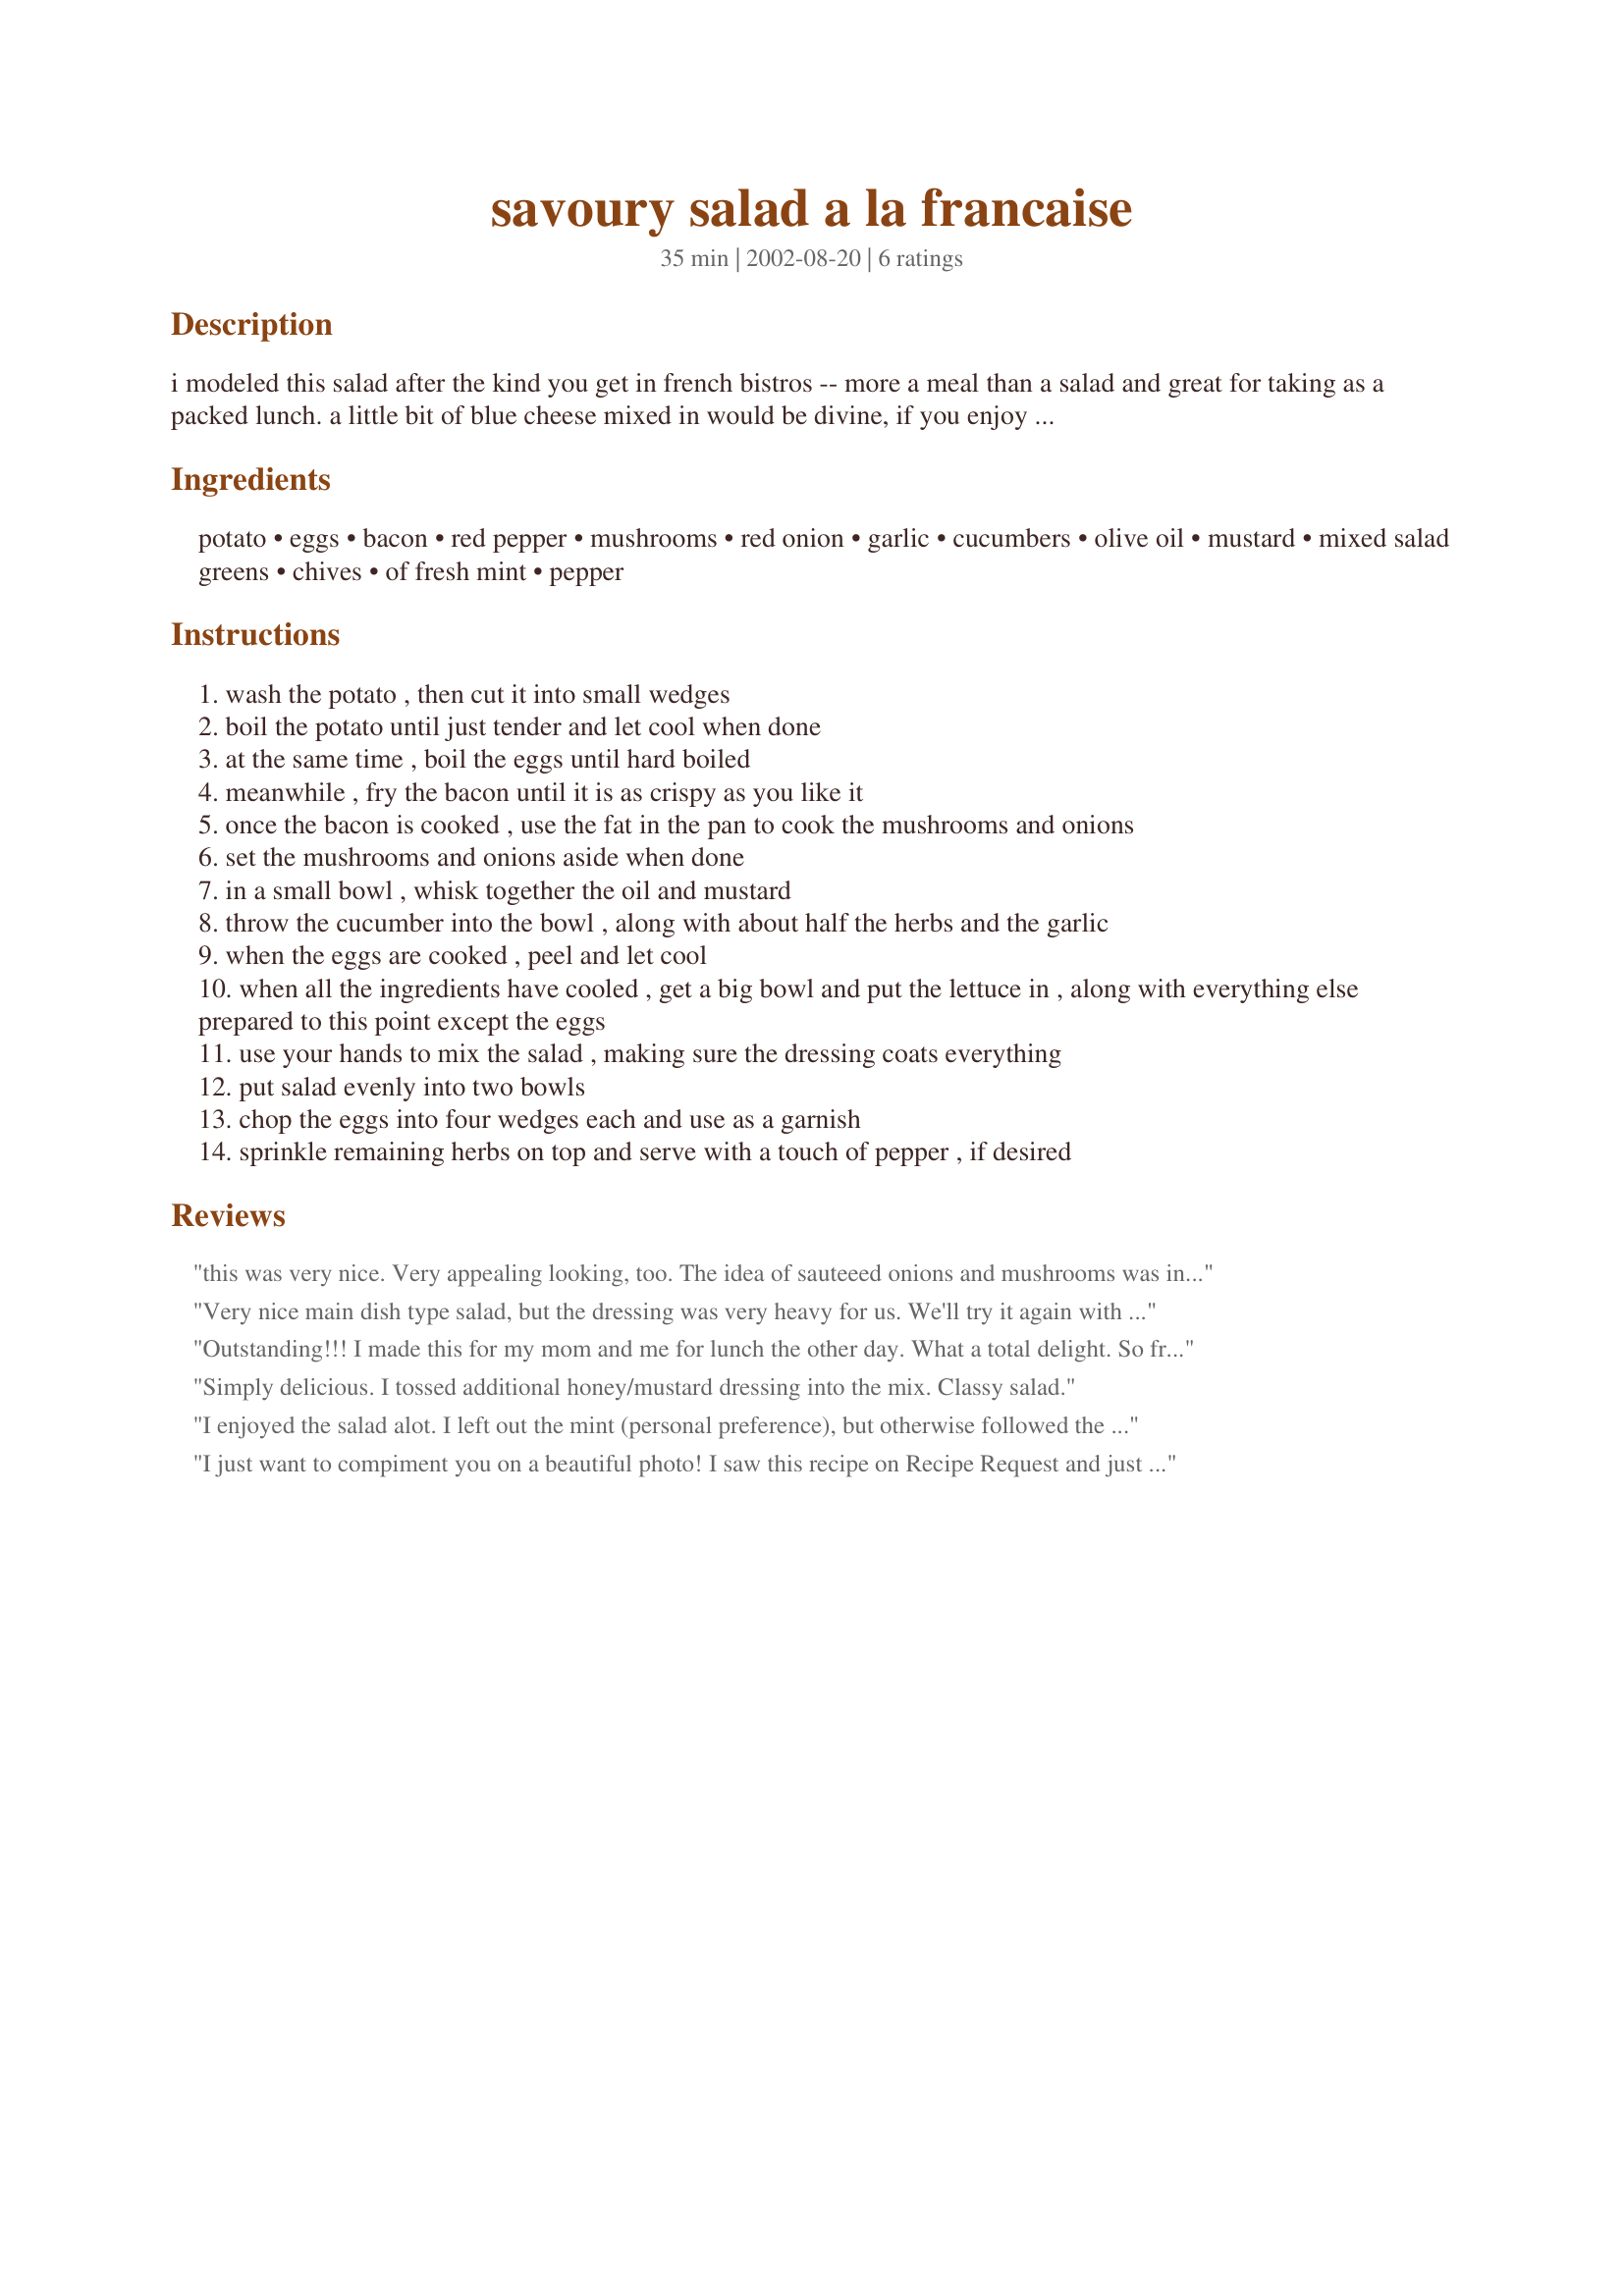
savoury salad a la francaise
Preparation time: 35 minutes

i modeled this salad after the kind you get in french bistros -- more a meal than a salad and great for taking as a packed lunch. a little bit of blue cheese mixed in would be divine, if you enjoy that kind of thing.

Ingredients:
potato, eggs, bacon, red pepper, mushrooms, red onion, garlic, cucumbers, olive oil, mustard, mixed salad greens, chives, of fresh mint, pepper

Steps:
wash the potato , then cut it into small wedges
boil the potato until just tender and let cool when done
at the same time , boil the eggs until hard boiled
meanwhile , fry the bacon until it is as crispy as you like it
once the bacon is cooked , use the fat in the pan to cook the mushrooms and onions
set the mushrooms and onions aside when done
in a small bowl , whisk together the oil and mustard
throw the cucumber into the bowl , along with about half the herbs and the garlic
when the eggs are cooked , peel and let cool
when all the ingredients have cooled , get a big bowl and put the lettuce in , along with everything else prepared to this point except the eggs
use your hands to mix the salad , making sure the dressing coats everything
put salad evenly into two bowls
chop the eggs into four wedges each and use as a garnish
sprinkle remaining herbs on top and serve with a touch of pepper , if desired

Reviews:
this was very nice. Very appealing looking, too. The idea of sauteeed
onions and mushrooms was intriguing to me and was really very good. And potatoes! Never thought of those, either. Very nice. The salad dressing, though (as mentioned) didn't seem to do it justice, so I used Dancer's #69312 and turned it into a vinaigrette
Very nice main dish type salad, but the dressing was very heavy for us. We'll try it again with a different dressing. Also, we'll be using canned or steamed mushrooms in the future.
Outstanding!!! I made this for my mom and me for lunch the other day. What a total delight. So fresh and full of good things. I really liked the sprinkling of fresh chives and mint on top. The bacon and mustard dressing are reallly the highlight of this recipe Thanks Friedel. We really enjoyed your wonderful salad ;)
Simply delicious. I tossed additional honey/mustard dressing into the mix. Classy salad.
I enjoyed the salad alot. I left out the mint (personal preference), but otherwise followed the recipe. I will make this one again.
I just want to compiment you on a beautiful photo! I saw this recipe on Recipe Request and just wanted to say that the pic really makes me want to give this a try.
